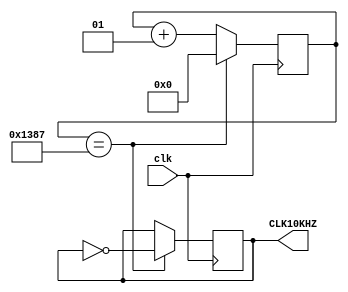
`timescale 1ns / 1ps

module refresh_clk(
input wire clk,
output reg CLK10KHZ = 0
    );

   localparam div_value = 4999; // 100 million / 10 million = 10 halfcycles = 5 hertz
    
   integer counter_value = 0; //32 bit reg bus
   
   always@ (posedge clk)
   begin
   if (counter_value == div_value)  //when the counter reaches div_value
        begin
        counter_value <= 0;           //reset counter
        CLK10KHZ <= ~CLK10KHZ; //flip the clock
        end
   else
        begin
        counter_value <= counter_value+1; //increment counter by 1 for ever clock cycle
        CLK10KHZ <= CLK10KHZ;       //set value of divided clock equal to the current state
        end
   end 
endmodule